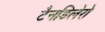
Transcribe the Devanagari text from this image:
टैनडिलेरो